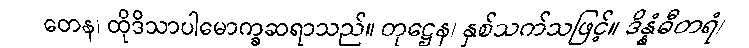
တေန၊ ထိုဒိသာပါမောက္ခဆရာသည်။ တုဋ္ဌေန၊ နှစ်သက်သဖြင့်။ ဒိန္နံဓီတရံ၊